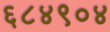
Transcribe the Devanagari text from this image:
६८४९०४